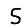
Digit: 5